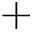
+